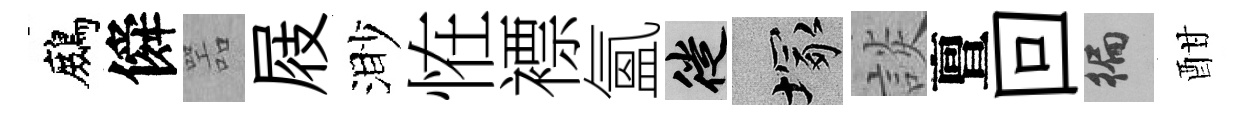
鷓僢噐屐渺恠褾氳徙塚談亶回徧酣